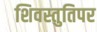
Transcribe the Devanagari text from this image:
शिवस्तुतिपर